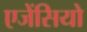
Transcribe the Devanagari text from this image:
एजेंसियो